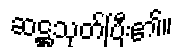
ဆဋ္ဌသုတ်ပြီး၏။